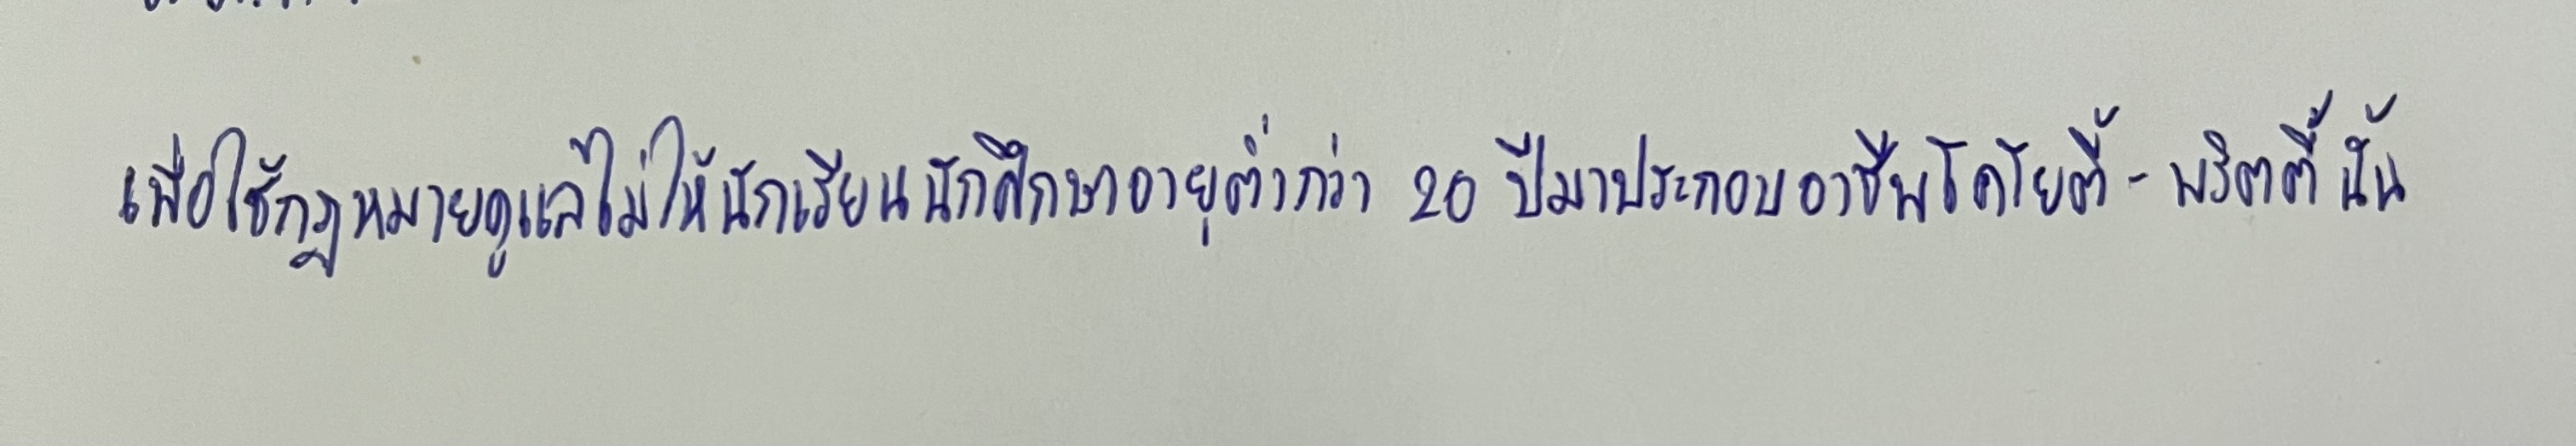
เพื่อใช้กฎหมายดูแลไม่ให้นักเรียนนักศึกษาอายุต่ำกว่า20ปีมาประกอบอาชีพโคโยตี้-พริตตี้นั้น